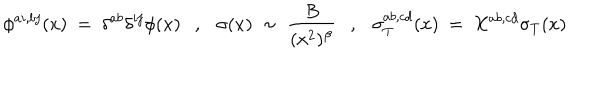
\phi ^ { a i , b j } ( x ) ~ = ~ \delta ^ { a b } \delta ^ { i j } \phi ( x ) , \sigma ( x ) ~ \sim ~ \frac { B } { ( x ^ { 2 } ) ^ { \beta } } , \sigma _ { T } ^ { a b , c d } ( x ) ~ = ~ X ^ { a b , c d } \sigma _ { T } ( x )